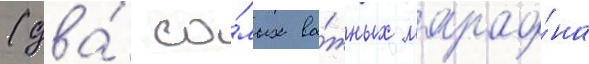
(два́ са́мых ва́жных марафо́на